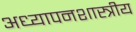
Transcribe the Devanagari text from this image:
अध्यापनशास्त्रीय